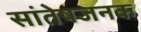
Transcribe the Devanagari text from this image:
सांतेषजनक